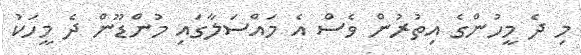
މި ދެ މީހުންގެ އިތުރުން ވެސް އެ މައްސަލާގައި މުންޑޫން ދެ މީހަކު